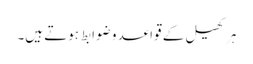
ہر کھیل کے قواعد و ضوابط ہوتے ہیں۔